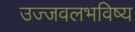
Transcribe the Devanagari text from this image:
उज्जवलभविष्य